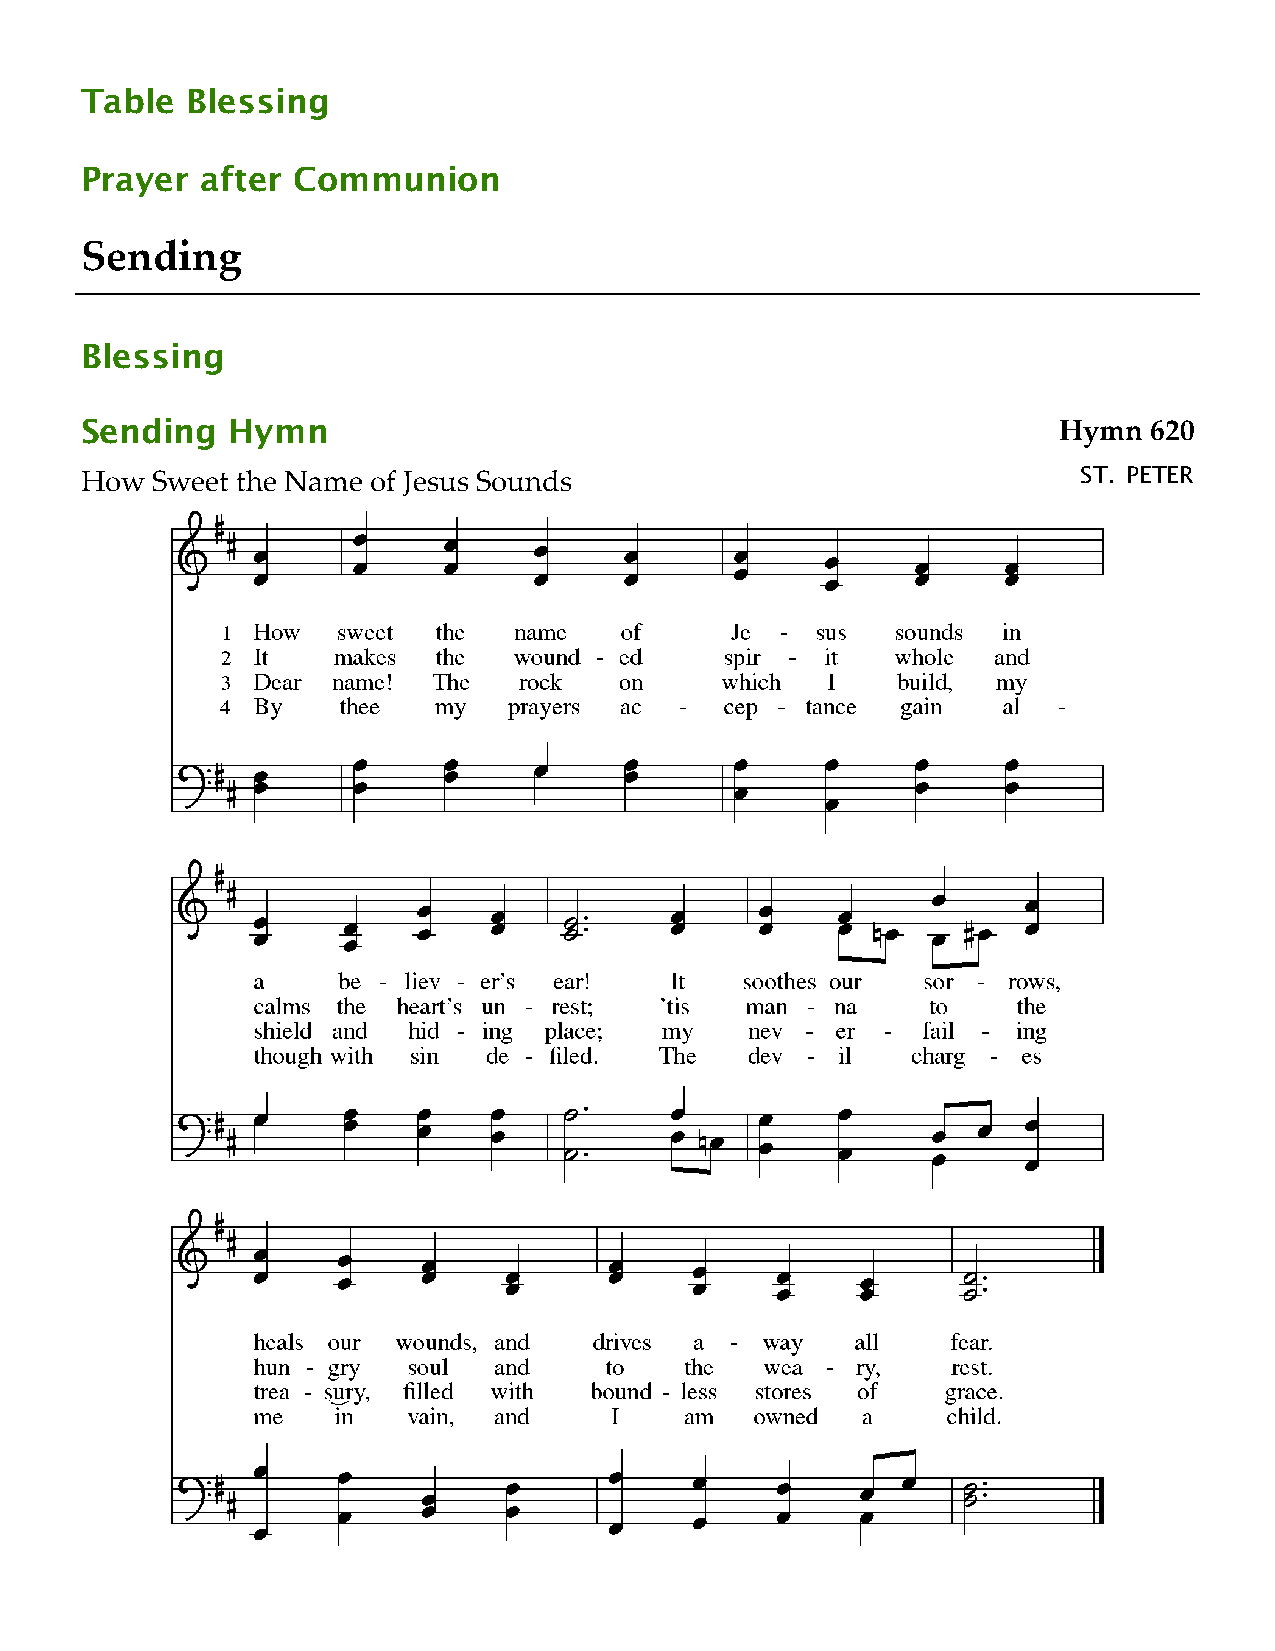
Table  Blessing
 Prayer  after Communion
 Sending
 Blessing
 Sending   Hymn                                                   Hymn  620
 How  Sweet the Name of Jesus Sounds                                ST. PETER